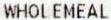
WHOLEMEAL